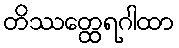
တိဿတ္ထေရဂါထာ